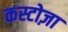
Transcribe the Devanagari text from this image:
कस्टोज़ा